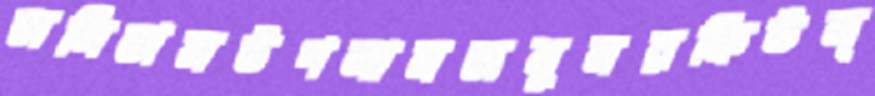
অলিভাসউগলামজনুনরফিউল্